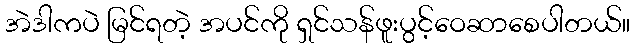
အဲဒါကပဲ မြင်ရတဲ့ အပင်ကို ရှင်သန်ဖူးပွင့်ဝေဆာစေပါတယ်။